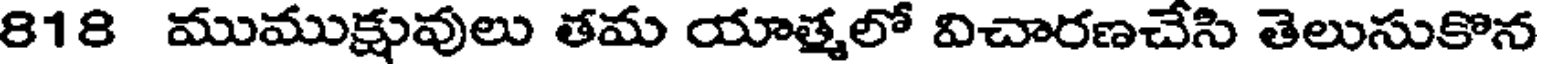
818 ముముక్షువులు తమ యాత్మలో విచారణచేసి తెలుసుకొన